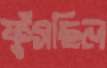
ফুঁসছিল